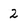
Character: 2